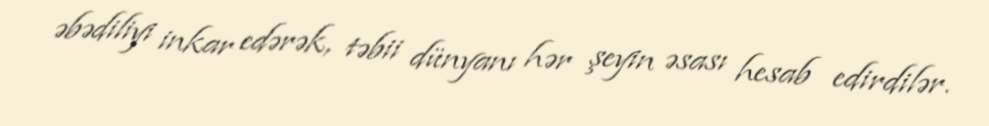
əbədiliyi inkar edərək, təbii dünyanı hər şeyin əsası hesab edirdilər.